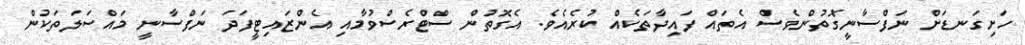
ހަށިގަނޑަށް ނަފްސާނީގޮތުންވެސް އެތައް ފައިދާތަކެއް ކުރެއެވެ. އެގޮތުން ސްޓްރެސްވުމާއި އެންޒައިޓީފަދަ ނަފްސާނީ މައްސަލަތަކުން